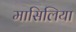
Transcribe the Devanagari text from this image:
मासिलिया